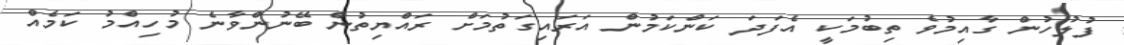
ފުލުހުން ގާއިމުވެ ތިބުމަކީ އެފަދަ ކަންކަމުން އަރައިގަތުމަށް ރައްޔިތުން ބޭނުންވާނެ މުހިއްމު ކަމެއް